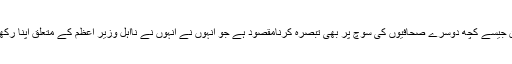
اور ان جیسے کچھ دوسرے صحافیوں کی سوچ پر بھی تبصرہ کرنامقصود ہے جو انہوں نے انہوں نے نااہل وزیر اعظم کے متعلق اپنا رکھا ہے۔